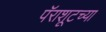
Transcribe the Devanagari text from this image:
पॅराशूटच्या